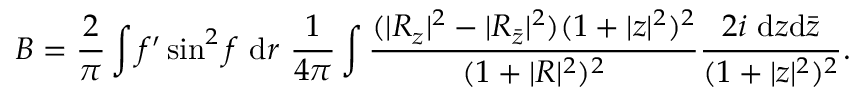
B = \frac { 2 } { \pi } \int f ^ { \prime } \sin ^ { 2 } f ~ \mathrm { d } r ~ \frac { 1 } { 4 \pi } \int \frac { ( | R _ { z } | ^ { 2 } - | R _ { { \bar { z } } } | ^ { 2 } ) ( 1 + | z | ^ { 2 } ) ^ { 2 } } { ( 1 + | R | ^ { 2 } ) ^ { 2 } } \frac { 2 i ~ \mathrm { d } z \mathrm { d } { \bar { z } } } { ( 1 + | z | ^ { 2 } ) ^ { 2 } } .